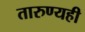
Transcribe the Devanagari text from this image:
तारुण्यही